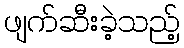
ဖျက်ဆီးခဲ့သည့်